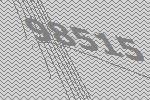
98515